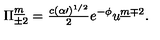
\Pi _ { \pm 2 } ^ { \underline { m } } = { \textstyle \frac { c ( \alpha \prime ) ^ { 1 / 2 } } { 2 } } e ^ { - \phi } u ^ { \underline { m } \mp 2 } .